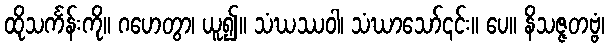
ထိုသင်္ကန်းကို။ ဂဟေတွာ၊ ယူ၍။ သံဃဿဝါ၊ သံဃာသော်၎င်း။ ပေ။ နိသဇ္ဇတဗ္ဗံ၊